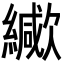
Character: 𦆃